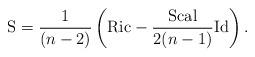
LaTeX: \begin{align*} {\rm S} = \frac{1}{(n - 2)} \left({\rm Ric}- \frac{\rm Scal}{2 (n - 1)}{\rm Id}\right). \end{align*}